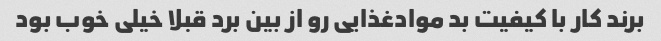
برند کار با کیفیت بد موادغذایی رو از بین برد قبلا خیلی خوب بود